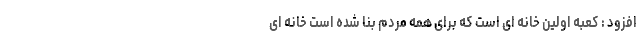
افزود : کعبه اولین خانه ای است که برای همه مردم بنا شده است خانه ای